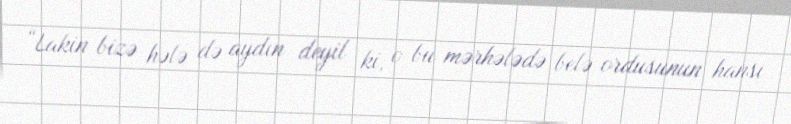
“Lakin bizə hələ də aydın deyil ki, o bu mərhələdə belə ordusunun hansı